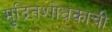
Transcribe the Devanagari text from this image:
मुद्रितशोधकाची